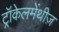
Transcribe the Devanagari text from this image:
ट्रॉकेलमेंथीज़